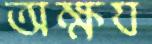
অক্ষয